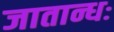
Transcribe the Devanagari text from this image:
जातान्धः